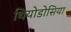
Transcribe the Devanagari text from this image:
थियोडोसिया